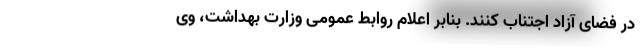
در فضای آزاد اجتناب کنند. بنابر اعلام روابط عمومی وزارت بهداشت، وی